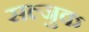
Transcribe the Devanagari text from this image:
सल्जुक